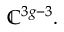
\mathbb { C } ^ { 3 g - 3 } .